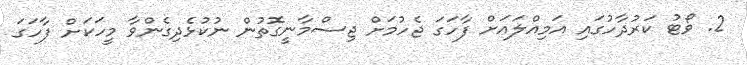
2. ވޯޓު ކަރުދާހުގައި އަމިއްލައަށް ފާހަގަ ޖެހުމަށް ޖިސްމާނީގޮތުން ނުކުޅެދިގެންވާ މީހަކަށް ފާހަގަ